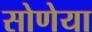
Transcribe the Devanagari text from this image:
सोणेया